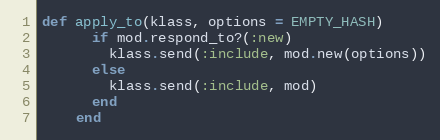
Language: Ruby
def apply_to(klass, options = EMPTY_HASH)
      if mod.respond_to?(:new)
        klass.send(:include, mod.new(options))
      else
        klass.send(:include, mod)
      end
    end